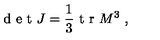
\textrm { d e t } J = \frac { 1 } { 3 } \textrm { t r } M ^ { 3 } \ ,